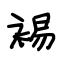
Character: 裼